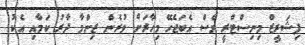
ފިޝަރީޒް މިނިސްޓްރީ ވެސް އެބަޖެހޭ މިހާރަށް ވުރެން ޒިންމާ ދާރު ކަމާއި އެކު